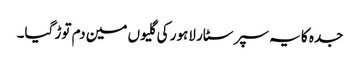
جدہ کا یہ سپر سٹار لاہور کی گلیوں مین دم توڑ گیا۔